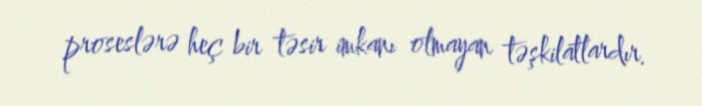
proseslərə heç bir təsir imkanı olmayan təşkilatlardır.